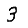
Digit: 3